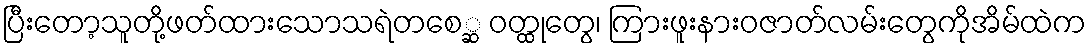
ပြီးတော့သူတို့ဖတ်ထားသောသရဲတစေ္ဆ ဝတ္ထုတွေ၊ ကြားဖူးနားဝဇာတ်လမ်းတွေကိုအိမ်ထဲက